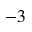
^ { - 3 }